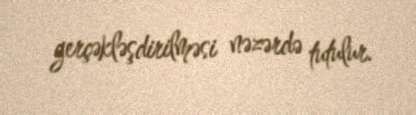
gerçəkləşdirilməsi nəzərdə tutulur.